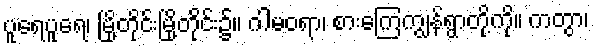
ပူရေပူရေ၊ မြို့တိုင်းမြို့တိုင်း၌။ ဂါမဝရာ၊ စားကြေကျွန်ရွာတို့ကို။ ကတွာ၊